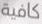
كافية